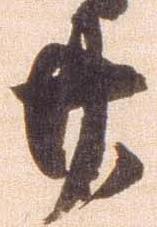
廿